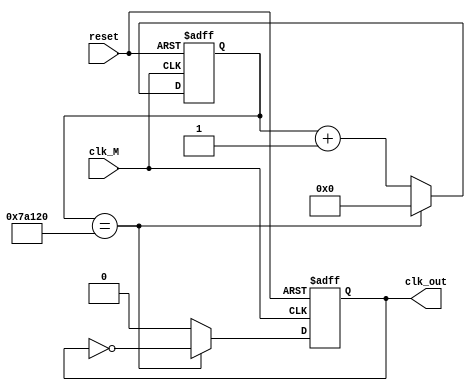
//   resetclk_M clk_out
// 1s
module Fdiv(
    input wire reset,      // 
    input wire clk_M,      //   50MHz
    output reg clk_out     // 
);

    reg [31:0] counter;    
    initial begin counter = 32'd0; end   
    initial begin clk_out = 0; end


    always @(posedge reset or posedge clk_M)
        begin
            if(reset)       // 
                begin
                    counter <= 32'd0;       
                    clk_out <= 1'b0;
                end
            else if(counter == 32'd500_000)
                begin
                    clk_out <= ~clk_out;
                    counter <= 32'd0;
                end
            else 
                begin
                    counter <= counter + 1'b1;
                    clk_out <= 0;
                end
        end
endmodule